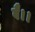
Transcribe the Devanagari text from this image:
वै।।